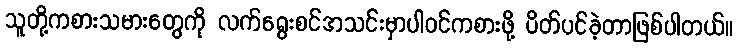
သူတို့ကစားသမားတွေကို လက်ရွေးစင်အသင်းမှာပါဝင်ကစားဖို့ ပိတ်ပင်ခဲ့တာဖြစ်ပါတယ်။